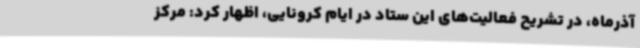
آذرماه، در تشریح فعالیت‌های این ستاد در ایام کرونایی، اظهار کرد: مرکز